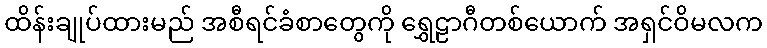
ထိန်းချုပ်ထားမည် အစီရင်ခံစာတွေကို ရွှေဠာဂီတစ်ယောက် အရှင်ဝိမလက